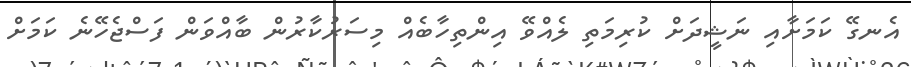
އެނގޭ ކަމަށާއި ނަޝީދަށް ކުރިމަތި ލެއްވޭ އިންތިހާބެއް މިސަރުކާރުން ބާއްވަން ފަސްޖެހޭނެ ކަމަށް